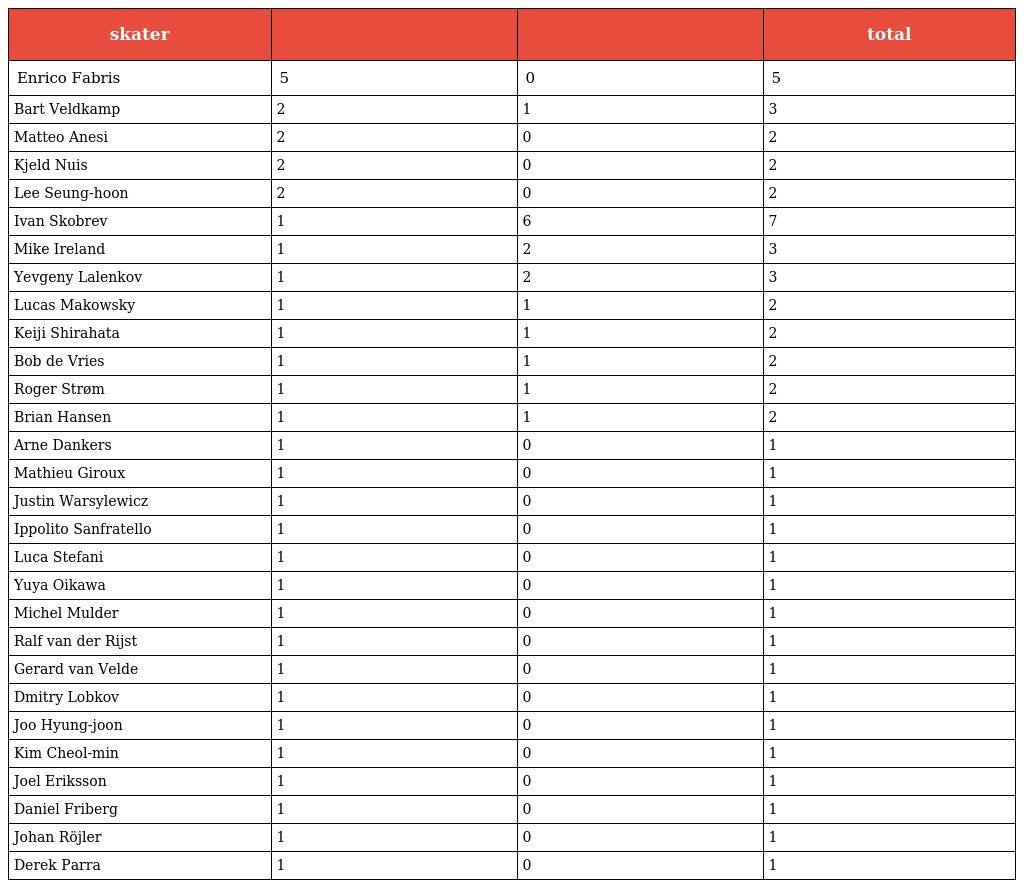
| skater |  |  | total |
 | --- | --- | --- | --- |
 | Enrico Fabris | 5 | 0 | 5 |
 | Bart Veldkamp | 2 | 1 | 3 |
 | Matteo Anesi | 2 | 0 | 2 |
 | Kjeld Nuis | 2 | 0 | 2 |
 | Lee Seung-hoon | 2 | 0 | 2 |
 | Ivan Skobrev | 1 | 6 | 7 |
 | Mike Ireland | 1 | 2 | 3 |
 | Yevgeny Lalenkov | 1 | 2 | 3 |
 | Lucas Makowsky | 1 | 1 | 2 |
 | Keiji Shirahata | 1 | 1 | 2 |
 | Bob de Vries | 1 | 1 | 2 |
 | Roger Strøm | 1 | 1 | 2 |
 | Brian Hansen | 1 | 1 | 2 |
 | Arne Dankers | 1 | 0 | 1 |
 | Mathieu Giroux | 1 | 0 | 1 |
 | Justin Warsylewicz | 1 | 0 | 1 |
 | Ippolito Sanfratello | 1 | 0 | 1 |
 | Luca Stefani | 1 | 0 | 1 |
 | Yuya Oikawa | 1 | 0 | 1 |
 | Michel Mulder | 1 | 0 | 1 |
 | Ralf van der Rijst | 1 | 0 | 1 |
 | Gerard van Velde | 1 | 0 | 1 |
 | Dmitry Lobkov | 1 | 0 | 1 |
 | Joo Hyung-joon | 1 | 0 | 1 |
 | Kim Cheol-min | 1 | 0 | 1 |
 | Joel Eriksson | 1 | 0 | 1 |
 | Daniel Friberg | 1 | 0 | 1 |
 | Johan Röjler | 1 | 0 | 1 |
 | Derek Parra | 1 | 0 | 1 |